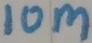
Text: 10M